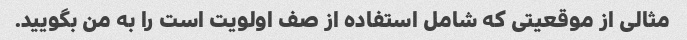
مثالی از موقعیتی که شامل استفاده از صف اولویت است را به من بگویید.